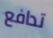
تدافع